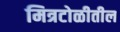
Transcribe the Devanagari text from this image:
मित्रटोळीतील